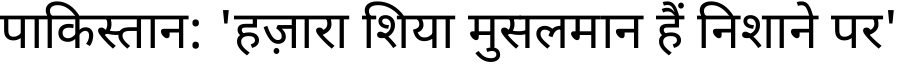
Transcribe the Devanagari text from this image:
पाकिस्तान: 'हज़ारा शिया मुसलमान हैं निशाने पर'